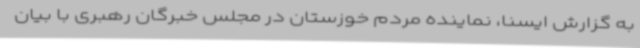
به گزارش ایسنا، نماینده مردم خوزستان در مجلس خبرگان رهبری با بیان